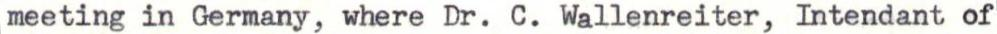
meeting in Germany, where Dr. C. Wallenreiter, Intendant of